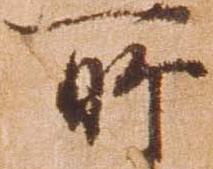
所